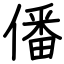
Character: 僠